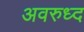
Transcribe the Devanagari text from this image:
अवरुध्द